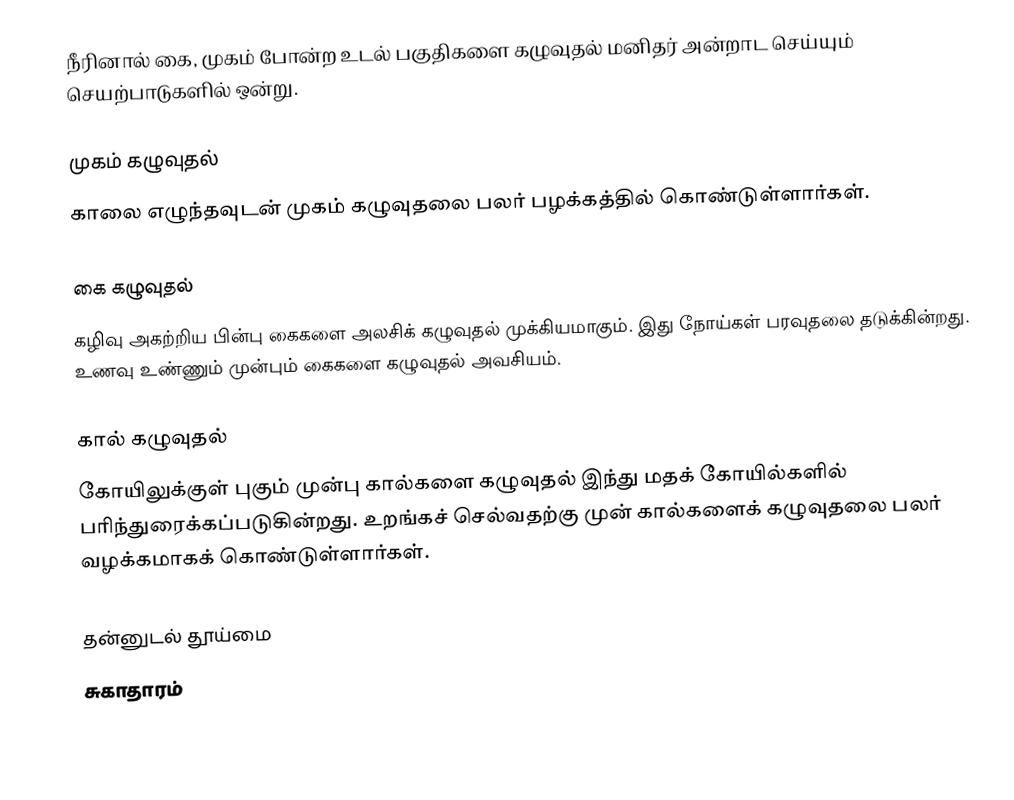
நீரினால் கை, முகம் போன்ற உடல் பகுதிகளை கழுவுதல் மனிதர் அன்றாட செய்யும் செயற்பாடுகளில் ஒன்று.

முகம் கழுவுதல்
காலை எழுந்தவுடன் முகம் கழுவுதலை பலர் பழக்கத்தில் கொண்டுள்ளார்கள்.

கை கழுவுதல்
கழிவு அகற்றிய பின்பு கைகளை அலசிக் கழுவுதல் முக்கியமாகும்.  இது நோய்கள் பரவுதலை தடுக்கின்றது.  உணவு உண்ணும் முன்பும் கைகளை கழுவுதல் அவசியம்.

கால் கழுவுதல்
கோயிலுக்குள் புகும் முன்பு கால்களை கழுவுதல் இந்து மதக் கோயில்களில் பரிந்துரைக்கப்படுகின்றது.  உறங்கச் செல்வதற்கு முன் கால்களைக் கழுவுதலை பலர் வழக்கமாகக் கொண்டுள்ளார்கள்.

தன்னுடல் தூய்மை
சுகாதாரம்